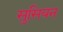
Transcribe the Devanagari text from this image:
सुसियन